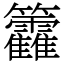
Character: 籱